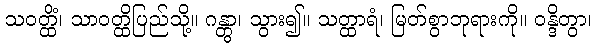
သဝတ္ထိံ၊ သာဝတ္ထိပြည်သို့။ ဂန္တွာ၊ သွား၍။ သတ္ထာရံ၊ မြတ်စွာဘုရားကို။ ဝန္ဒိတွာ၊